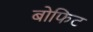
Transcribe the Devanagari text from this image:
बोफिट